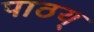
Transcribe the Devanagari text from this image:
पाठय्‌